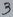
Text: 3